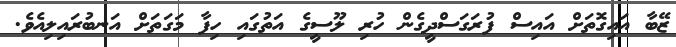
ޒޭބާ އައިގޮތަށް އައިސް ފުރަގަސްދީގެން ހުރި ލޫސީގެ އަތުގައި ހިފާ މަގަތަށް އަނބުރައިލިއެވެ.